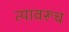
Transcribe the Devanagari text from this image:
त्यावरूच